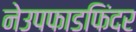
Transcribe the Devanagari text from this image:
नेउपफाडफिंदर